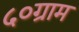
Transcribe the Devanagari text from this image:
५०ग्राम